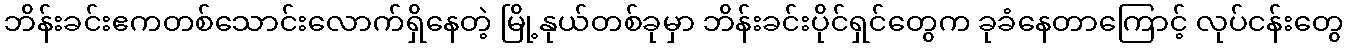
ဘိန်းခင်းဧကတစ်သောင်းလောက်ရှိနေတဲ့ မြို့နုယ်တစ်ခုမှာ ဘိန်းခင်းပိုင်ရှင်တွေက ခုခံနေတာကြောင့် လုပ်ငန်းတွေ